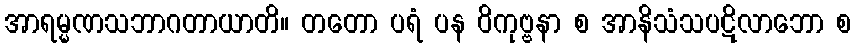
အာရမ္မဏသဘာဂတာယာတိ။ တတော ပရံ ပန ဝိကုဗ္ဗနာ စ အာနိသံသပဋိလာဘော စ